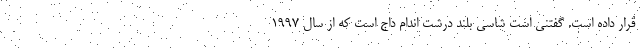
قرار داده است. گفتنی است شاسی بلند درشت اندام داج است که از سال 1997